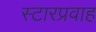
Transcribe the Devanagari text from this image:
स्टारप्रवाह